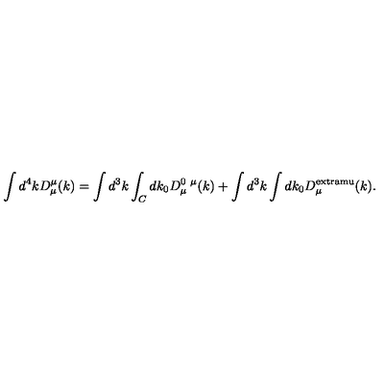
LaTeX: \int d ^ { 4 } k D _ { \mu } ^ { \mu } ( k ) = \int d ^ { 3 } k \int _ { C } d k _ { 0 } D _ { \mu } ^ { 0 \ \mu } ( k ) + \int d ^ { 3 } k \int d k _ { 0 } D _ { \mu } ^ { \mathrm { e x t r a m u } } ( k ) .